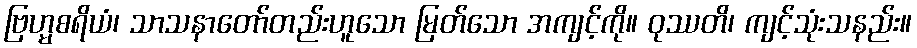
ဗြဟ္မစရိယံ၊ သာသနာတော်တည်းဟူသော မြတ်သော အကျင့်ကို။ ဝုဿတိ၊ ကျင့်သုံးသနည်း။